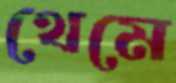
থেমে